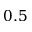
0 . 5